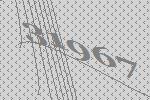
31967